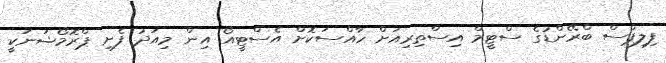
ފިލިޕްސް ބްރޭންޑުގެ ސްޓީމް އިސްތިރިއަށް ހާއްސަކޮށް އެސްޓީއޯ އިން މިއަދު ފެށި ޕްރޮމޯޝަނަކީ